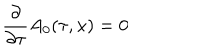
\frac { \partial } { \partial \tau } A _ { 0 } ( \tau , x ) = 0